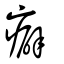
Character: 癖